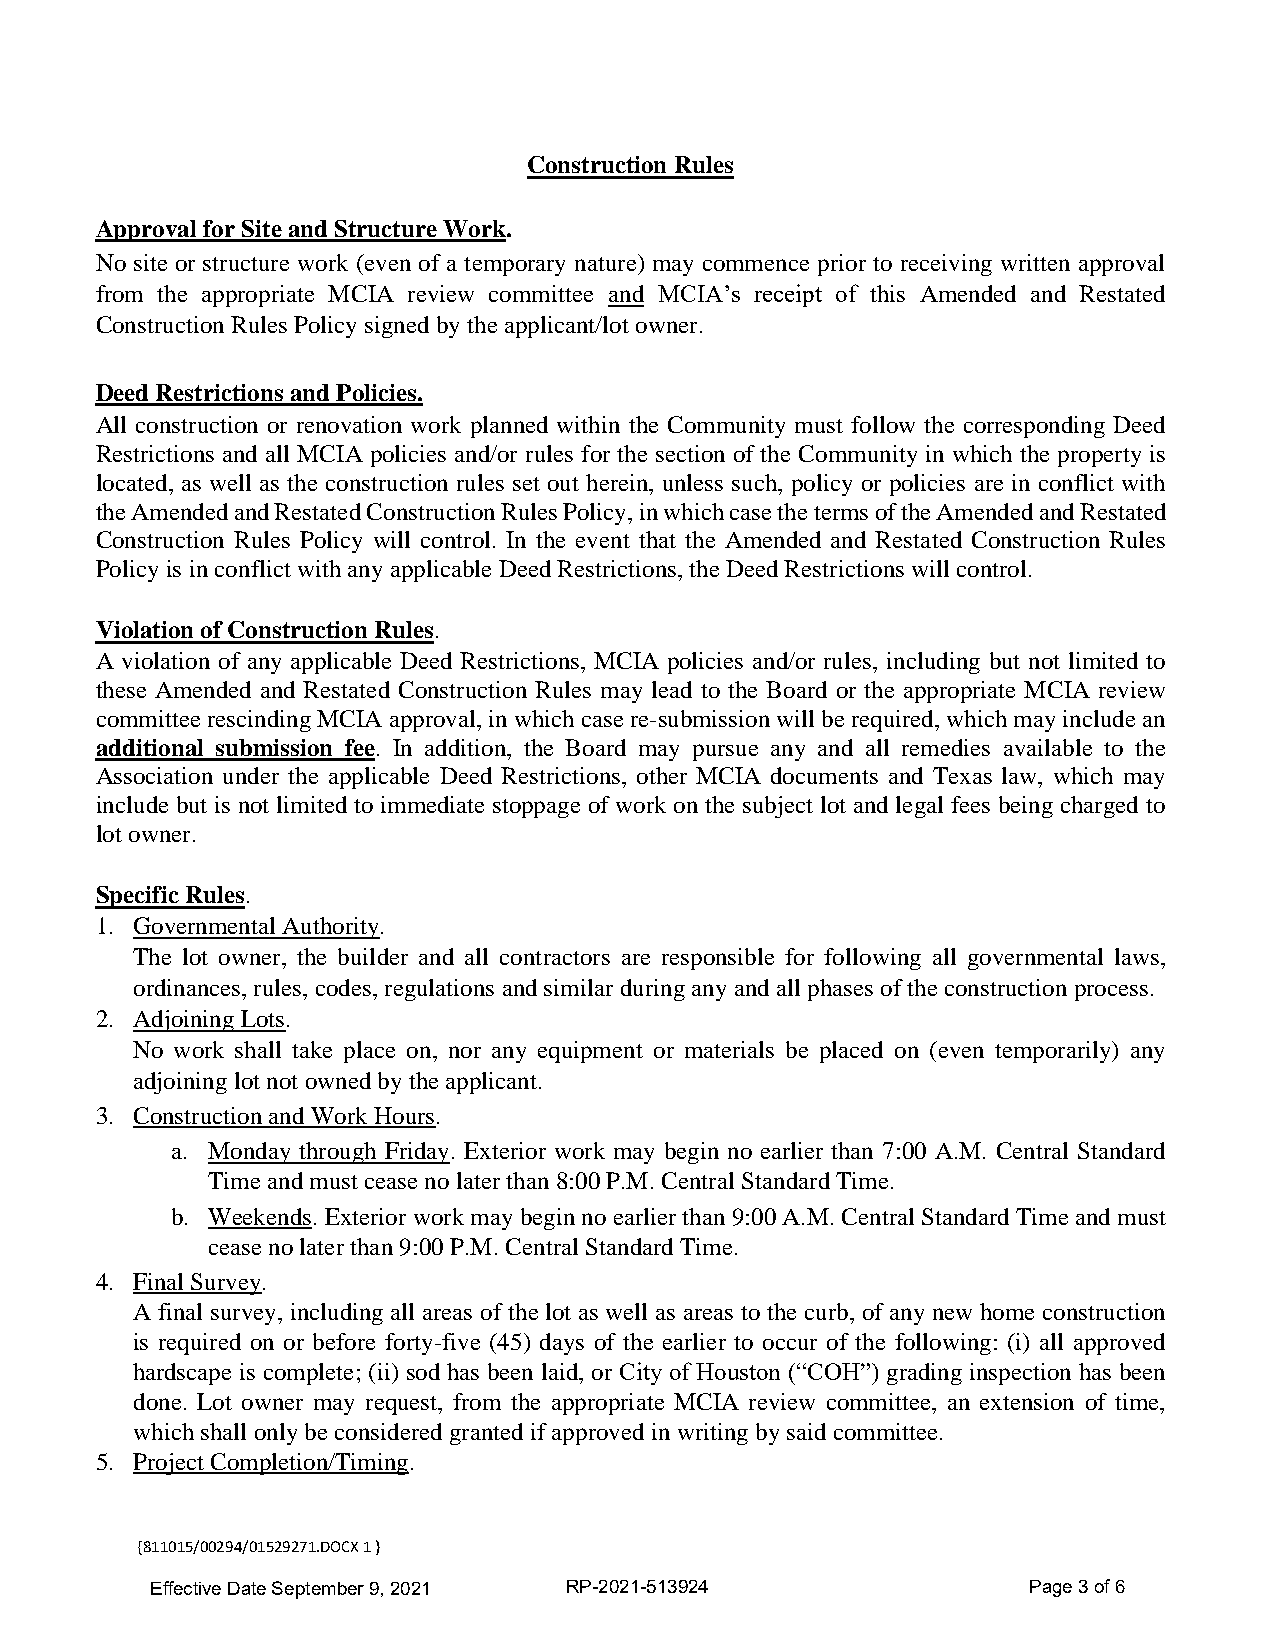
Construction Rules
 Approval for Site and Structure Work.
 No site or structure work (even of a temporary nature) may commence prior to receiving written approval
 from the appropriate MCIA review committee and MCIA’s receipt of this Amended and Restated
 Construction Rules Policy signed by the applicant/lot owner.
 Deed Restrictions and Policies.
 All construction or renovation work planned within the Community must follow the corresponding Deed
 Restrictions and all MCIA policies and/or rules for the section of the Community in which the property is
 located, as well as the construction rules set out herein, unless such, policy or policies are in conflict with
 the Amended and Restated Construction Rules Policy, in which case the terms of the Amended and Restated
 Construction Rules Policy will control. In the event that the Amended and Restated Construction Rules
 Policy is in conflict with any applicable Deed Restrictions, the Deed Restrictions will control.
 Violation of Construction Rules.
 A violation of any applicable Deed Restrictions, MCIA policies and/or rules, including but not limited to
 these Amended and Restated Construction Rules may lead to the Board or the appropriate MCIA review
 committee rescinding MCIA approval, in which case re-submission will be required, which may include an
 additional submission fee. In addition, the Board may pursue any and all remedies available to the
 Association under the applicable Deed Restrictions, other MCIA documents and Texas law, which may
 include but is not limited to immediate stoppage of work on the subject lot and legal fees being charged to
 lot owner.
 Specific Rules.
 1. Governmental Authority.
 The lot owner, the builder and all contractors are responsible for following all governmental laws,
 ordinances, rules, codes, regulations and similar during any and all phases of the construction process.
 2. Adjoining Lots.
 No work shall take place on, nor any equipment or materials be placed on (even temporarily) any
 adjoining lot not owned by the applicant.
 3. Construction and Work Hours.
 a. Monday through Friday. Exterior work may begin no earlier than 7:00 A.M. Central Standard
 Time and must cease no later than 8:00 P.M. Central Standard Time.
 b. Weekends. Exterior work may begin no earlier than 9:00 A.M. Central Standard Time and must
 cease no later than 9:00 P.M. Central Standard Time.
 4. Final Survey.
 A final survey, including all areas of the lot as well as areas to the curb, of any new home construction
 is required on or before forty-five (45) days of the earlier to occur of the following: (i) all approved
 hardscape is complete; (ii) sod has been laid, or City of Houston (“COH”) grading inspection has been
 done. Lot owner may request, from the appropriate MCIA review committee, an extension of time,
 which shall only be considered granted if approved in writing by said committee.
 5. Project Completion/Timing.
 {811015/00294/01529271.DOCX 1 }
 Effective Date September 9, 2021 RP-2021-513924           Page 3 of 6